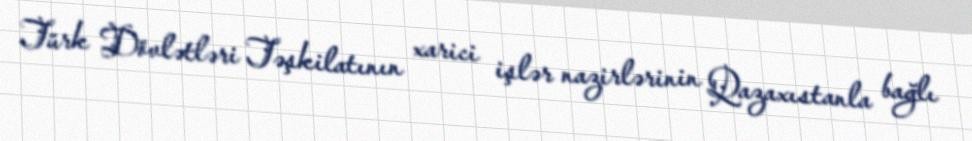
Türk Dövlətləri Təşkilatının xarici işlər nazirlərinin Qazaxıstanla bağlı